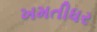
ખમતીધર